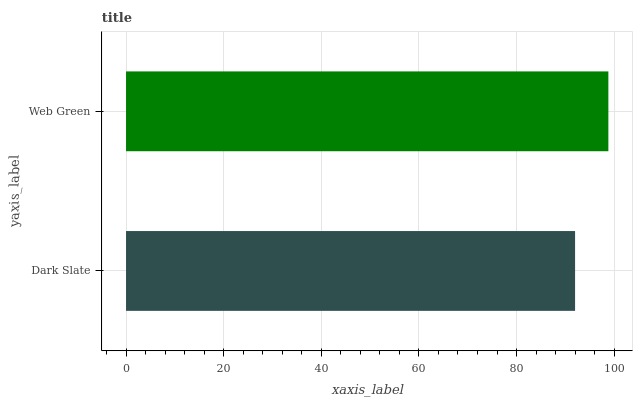
| yaxis_label | bars |
 | --- | --- |
 | Dark Slate | 92 |
 | Web Green | 98.8 |